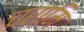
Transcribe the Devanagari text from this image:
चरामि